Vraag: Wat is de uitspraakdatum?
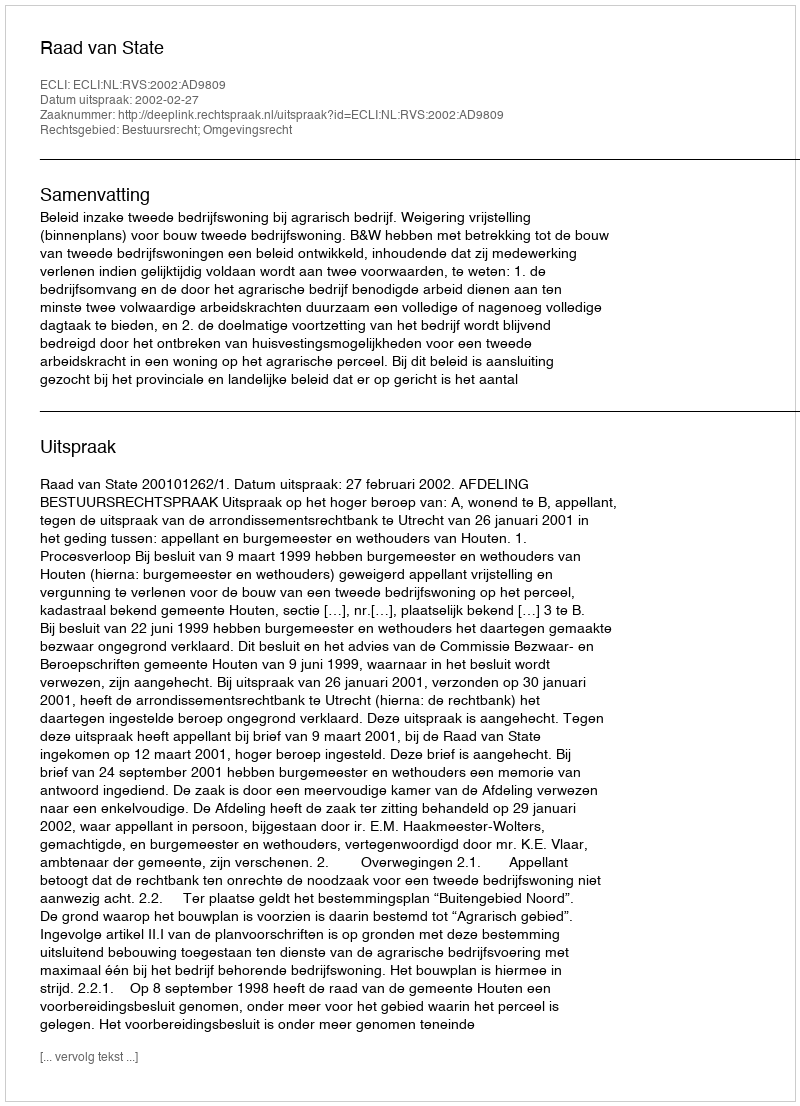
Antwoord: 2002-02-27